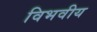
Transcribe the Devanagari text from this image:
विभवीय